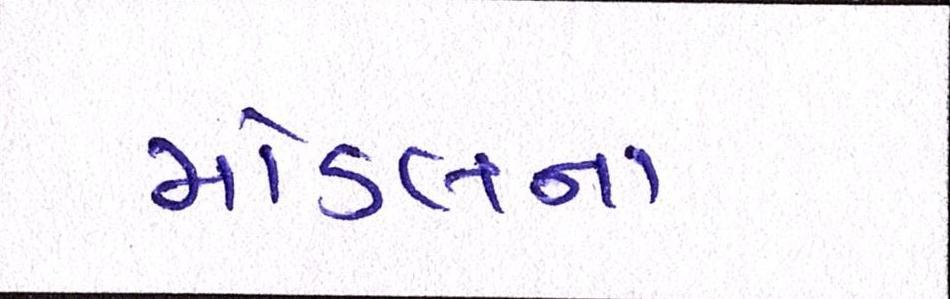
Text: મોડલના